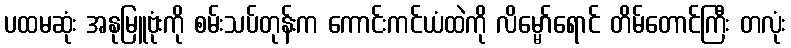
ပထမဆုံး အနုမြူဗုံးကို စမ်းသပ်တုန်းက ကောင်းကင်ယံထဲကို လိမ္မော်ရောင် တိမ်တောင်ကြီး တလုံး